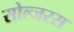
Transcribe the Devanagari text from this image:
सोल्जरस